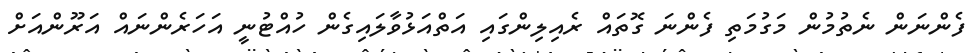
ފެންނަން ނެތުމުން މަގުމަތި ފެންނަ ގޮތައް ރެއިލިންގައި އަތްއަޅުވާލައިގެން ހުއްޓުނީ އަހަރެންނައް އަރޫންއަށް